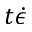
t \dot { \epsilon }